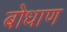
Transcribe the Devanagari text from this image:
बोधाण